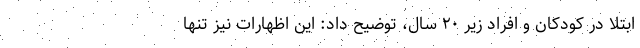
ابتلا در کودکان و افراد زیر ۲۰ سال، توضیح داد: این اظهارات نیز تنها